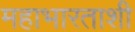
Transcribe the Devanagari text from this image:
महाभारताशी